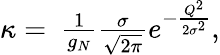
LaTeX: \begin{array}{r}{\kappa=\ \frac{1}{g_{N}}\frac{\sigma}{\sqrt{2\pi}}e^{-\frac{Q^{2}}{2\sigma^{2}}},}\end{array}